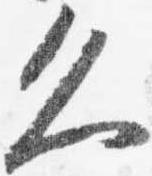
久